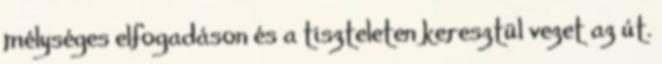
mélységes elfogadáson és a tiszteleten keresztül vezet az út.